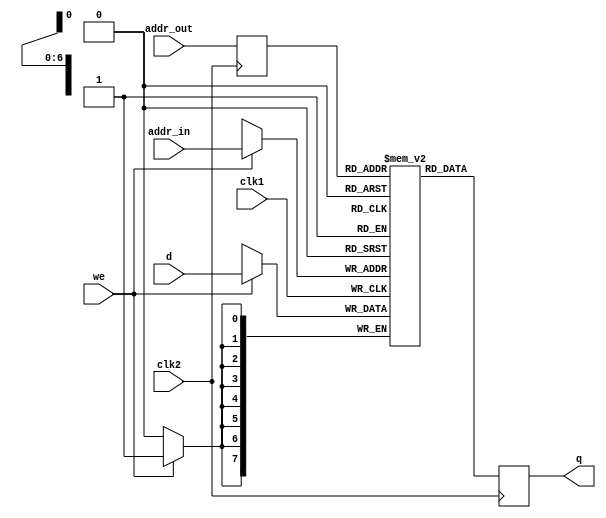
module mem(q, addr_in, addr_out, d, we, clk1, clk2);
   output[7:0] q;
   input [7:0] d;
   input [6:0] addr_in;
   input [6:0] addr_out;
   input we, clk1, clk2;
 
   reg [6:0] addr_out_reg;
   reg [7:0] q;
   reg [7:0] mem [127:0];
 
   always @(posedge clk1) begin
      if (we)
         mem[addr_in] <= d;
   end
 
   always @(posedge clk2) begin
      q <= mem[addr_out_reg];
      addr_out_reg <= addr_out;
   end
        
endmodule